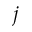
j